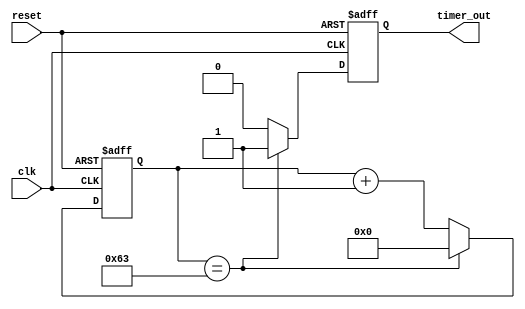
module Periodic_Timer(
    input wire clk,
    input wire reset,
    output reg timer_out
);

parameter desired_period = 100; // Specify desired period in clock cycles

reg [31:0] count; // 32-bit counter to keep track of clock cycles

always @(posedge clk or posedge reset) begin
    if (reset) begin
        count <= 0; // Reset the counter
        timer_out <= 0; // Reset the output signal
    end else begin
        if (count == desired_period - 1) begin
            count <= 0; // Reset counter when desired period is reached
            timer_out <= 1; // Trigger output signal
        end else begin
            count <= count + 1; // Increment counter
            timer_out <= 0; // Keep output signal low
        end
    end
end

endmodule